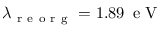
\lambda _ { \mathrm { ~ r ~ e ~ o ~ r ~ g ~ } } = 1 . 8 9 \, \mathrm { ~ e ~ V ~ }